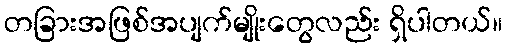
တခြားအဖြစ်အပျက်မျိုးတွေလည်း ရှိပါတယ်။